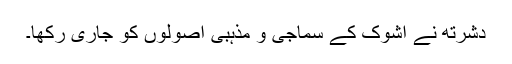
دشرتھ نے اشوک کے سماجی و مذہبی اصولوں کو جاری رکھا۔